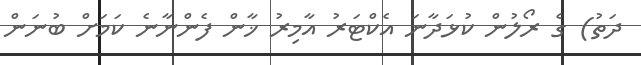
ދަތު) ގެ ރޯލުން ކުޅަދާނަ އެކްޓަރު އާމިރު ޚާން ފެންނާނެ ކަމަށް ބުނަން